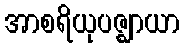
အာစရိယုပဇ္ဈာယာ